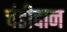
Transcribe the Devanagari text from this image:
चंडीदान